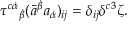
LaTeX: \tau ^ { c \dot { \alpha } } { } _ { \dot { \beta } } ( \bar { a } ^ { \dot { \beta } } a _ { \dot { \alpha } } ) _ { i j } = \delta _ { i j } \delta ^ { c 3 } \zeta .